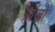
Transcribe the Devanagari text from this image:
ग्राँजों